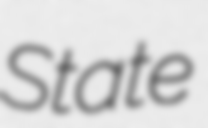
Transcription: State